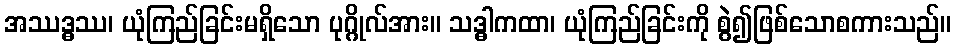
အဿဒ္ဓဿ၊ ယုံကြည်ခြင်းမရှိသော ပုဂ္ဂိုလ်အား။ သဒ္ဓါကထာ၊ ယုံကြည်ခြင်းကို စွဲ၍ဖြစ်သောစကားသည်။